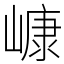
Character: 嵻